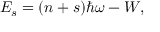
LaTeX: E _ { s } = ( n + s ) \hbar \omega - W ,